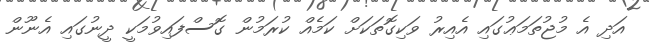
އަދި އެ މުޖުތަމަޢުގައި އެއިރު ވަކިގޮތަކަށް ކަމެއް ކުރަމުން ގޮސްފައިވުމަކީ ދީނުގައި އެނޫން